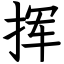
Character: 挥